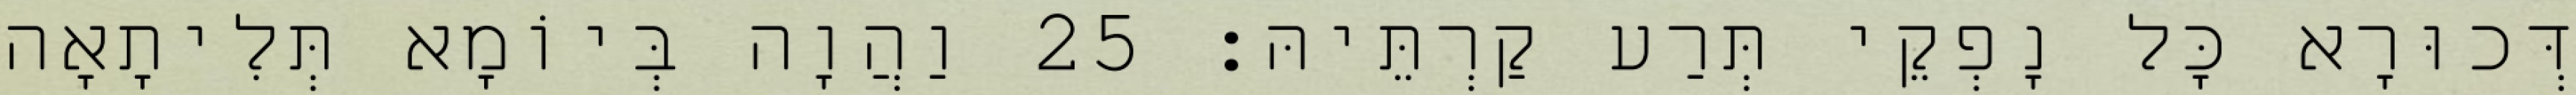
דְּכוּרָא כָּל נָפְקֵי תְּרַע קַרְתֵּיהּ׃ 25 וַהֲוָה בְּיוֹמָא תְּלִיתָאָה